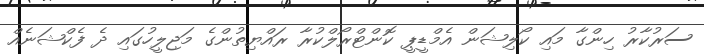
ސަރުކާރު ހިންގާ މައި ކޯލިޝަން އެމްޑީޕީ ކޮންޓްރޯލްކުރާ ރައްޔިތުންގެ މަޖިލީހުގައި ދެ ފެކްޝަނެއް